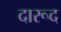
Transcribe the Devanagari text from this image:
दारूद